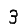
Digit: 3